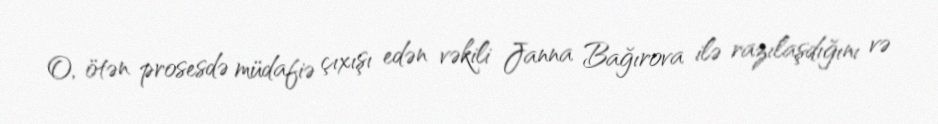
O, ötən prosesdə müdafiə çıxışı edən vəkili Janna Bağırova ilə razılaşdığını və